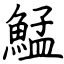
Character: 鯭